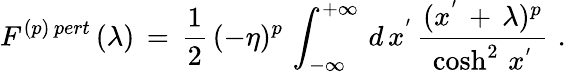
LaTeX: F^{(p)\, pert}\, (\lambda)\, =\, \frac{1}{2}\, (-\eta)^{p}\, \int_{-\infty}^{+\infty}\, d\, x^{'}\, \frac{(x^{'}\, +\, \lambda)^{p}}{\cosh^{2}\, x^{'}}\, \, .